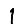
Digit: 1